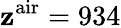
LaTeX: \mathbf{z}^{\mathrm{{air}}}=934